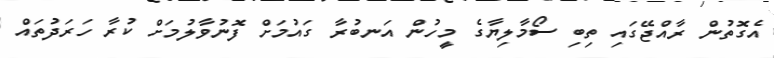
އެގޮތުން ރާއްޖޭގައި ތިބި ސޯމާލިޔާގެ މީހުން އަނބުރާ ގައުމަށް ފޮނުވާލުމަށް ކުރާ ހަރަދުތައް